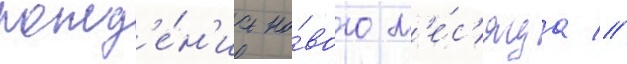
рожд'е́н'иа но́вого м'е́с'яца //